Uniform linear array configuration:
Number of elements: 4
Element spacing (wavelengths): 1
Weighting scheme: hann
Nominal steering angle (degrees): -15
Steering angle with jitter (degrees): -13.897
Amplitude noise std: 0.05
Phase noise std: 0.05

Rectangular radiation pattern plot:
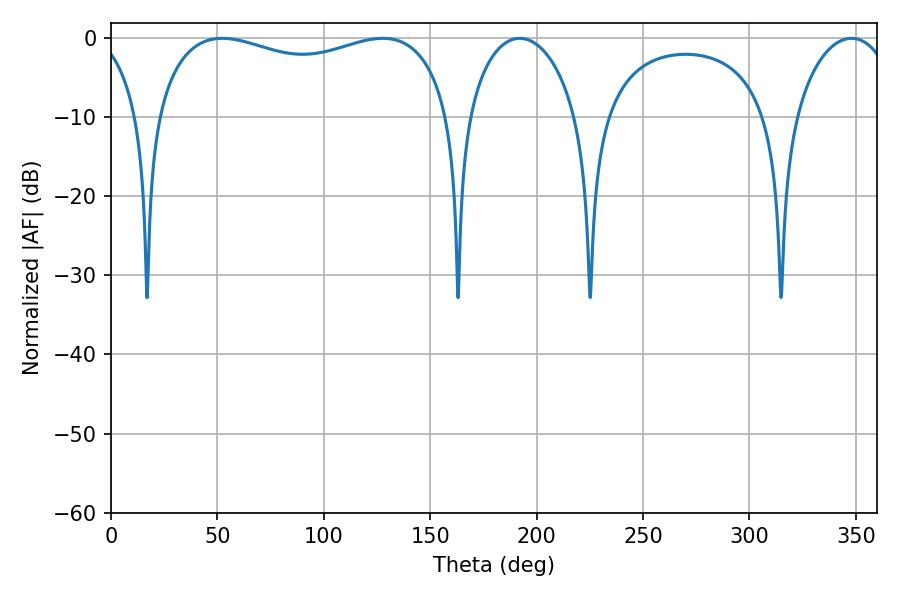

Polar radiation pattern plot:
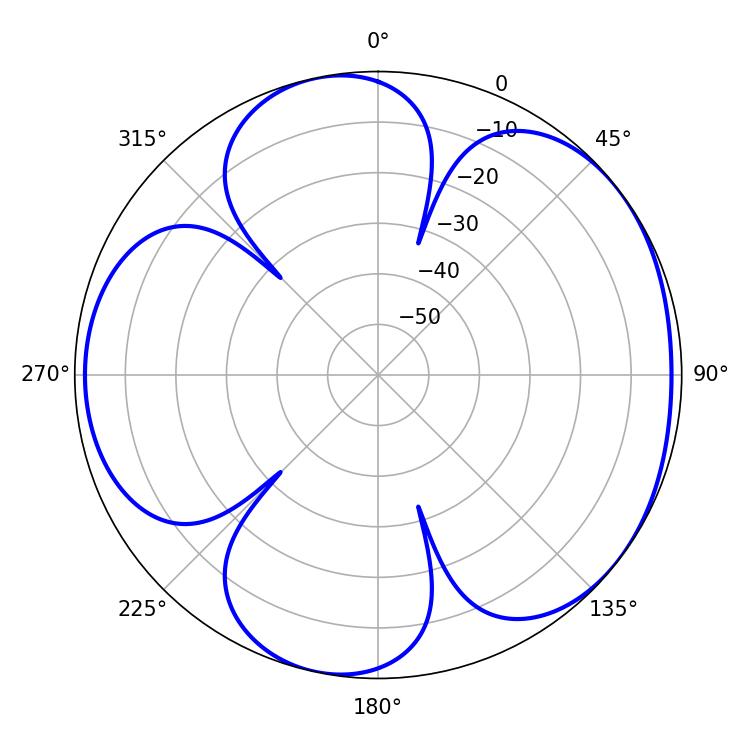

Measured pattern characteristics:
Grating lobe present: TRUE
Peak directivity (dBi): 4.916
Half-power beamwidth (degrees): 29.52
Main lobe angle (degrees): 192.06